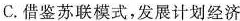
C.借鉴苏联模式，发展计划经济